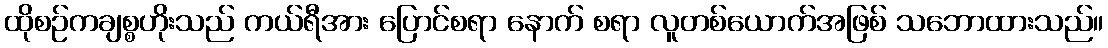
ထိုစဉ်ကချစ္စဟိုးသည် ကယ်ရီအား ပြောင်စရာ နောက် စရာ လူတစ်ယောက်အဖြစ် သဘောထားသည်။